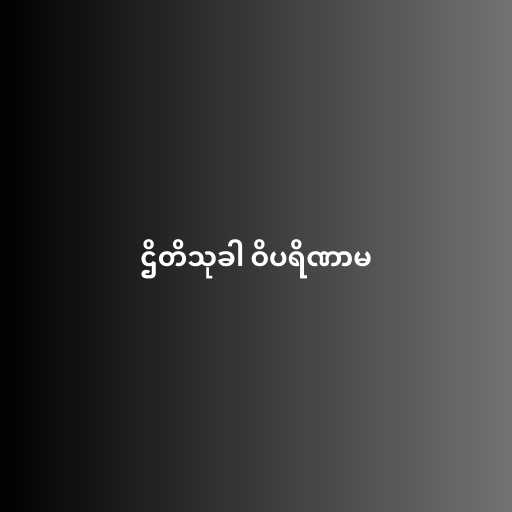
ဌိတိသုခါ ဝိပရိဏာမ